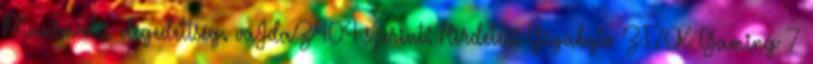
Maximális elégedettség. vaJdaZ404 szerint: Hirdetés: Gigabyte Z170X Gaming 7